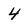
Character: 4